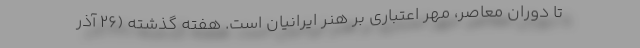
تا دوران معاصر، مهر اعتباری بر هنر ایرانیان است. هفته گذشته (۲۶ آذر